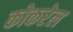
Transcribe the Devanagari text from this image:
कोकरेल